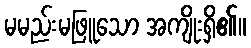
မမည်းမဖြူသော အကျိုးရှိ၏။